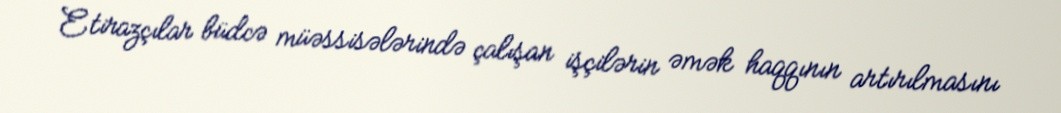
Etirazçılar büdcə müəssisələrində çalışan işçilərin əmək haqqının artırılmasını